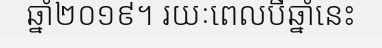
ឆ្នាំ២០១៩។ រយៈពេលបីឆ្នាំនេះ